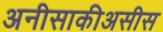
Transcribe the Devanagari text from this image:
अनीसाकीअसीस